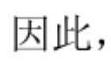
因此，